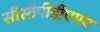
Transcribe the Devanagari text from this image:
सीसीपीडीएमए